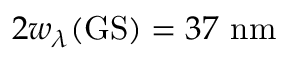
2 w _ { \lambda } ( \mathrm { G S } ) = 3 7 ~ \mathrm { n m }